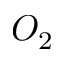
O _ { 2 }